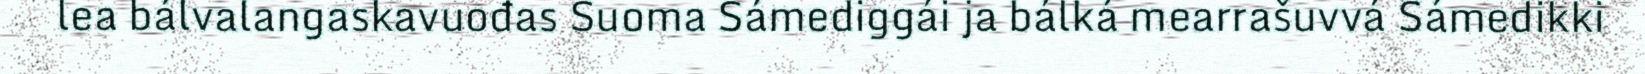
lea bálvalangaskavuođas Suoma Sámediggái ja bálká mearrašuvvá Sámedikki